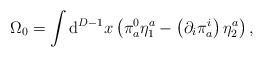
LaTeX: \begin{align*}\Omega _{0}=\int \mathrm{d}^{D-1}x\left( \pi _{a}^{0}\eta _{1}^{a}-\left(\partial _{i}\pi _{a}^{i}\right) \eta _{2}^{a}\right) , \end{align*}